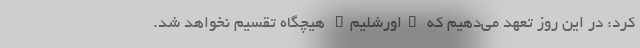
کرد: در این روز تعهد می‌دهیم که "اورشلیم" هیچگاه تقسیم نخواهد شد.